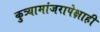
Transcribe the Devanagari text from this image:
कुत्र्यामांजरापेक्षाही